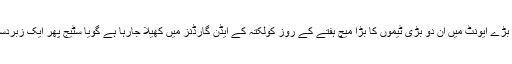
آئی سی سی ورلڈ ٹی 20 کے بڑے ایونٹ میں ان دو بڑی ٹیموں کا بڑا میچ ہفتے کے روز کولکتہ کے ایڈن گارڈنز میں کھیلا جارہا ہے گویا سٹیج پھر ایک زبردست ماحول کے لیے تیار ہے ۔